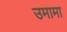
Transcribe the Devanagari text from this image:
उमामा